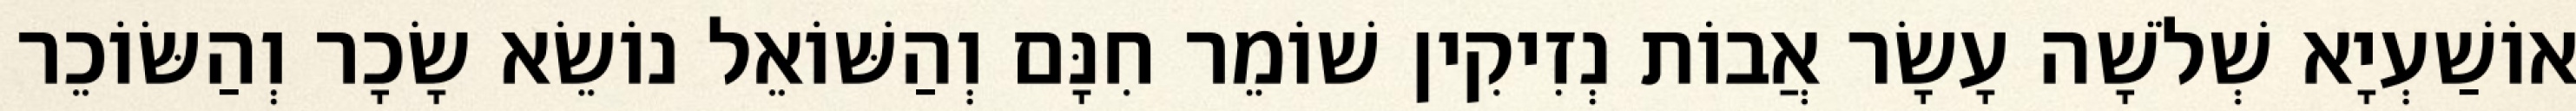
אוֹשַׁעְיָא שְׁלֹשָׁה עָשָׂר אֲבוֹת נְזִיקִין שׁוֹמֵר חִנָּם וְהַשּׁוֹאֵל נוֹשֵׂא שָׂכָר וְהַשּׂוֹכֵר